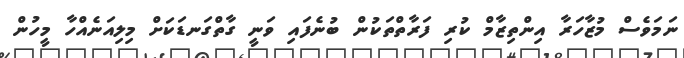
ނަމަވެސް މުޒާހަރާ އިންތިޒާމް ކުރި ފަރާތްތަކުން ބުނެފައި ވަނީ ގާތްގަނޑަކަށް މިލިއަނެއްހާ މީހުން